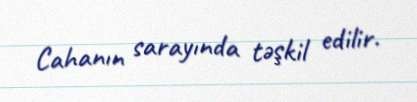
Cahanın sarayında təşkil edilir.